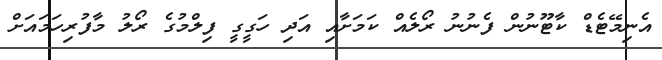
އެނިމޭޓެޑް ކާޓޫނުން ފެނުނު ރޯލެއް ކަމަށާއި އަދި ހަގީގީ ފިލްމުގެ ރޯލު މާފުރިހަމައަށް